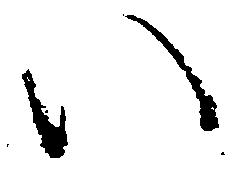
い